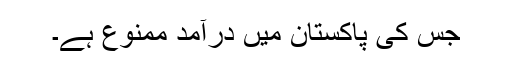
جس کی پاکستان میں درآمد ممنوع ہے۔